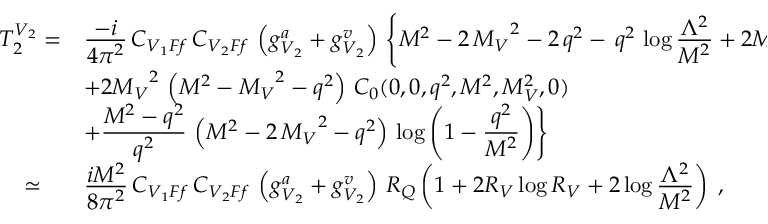
\begin{array} { l l } { { T _ { 2 } ^ { V _ { 2 } } = } } & { { \frac { \displaystyle - i } { \displaystyle 4 \pi ^ { 2 } } \, C _ { V _ { 1 } F f } \, C _ { V _ { 2 } F f } \, \left( g _ { V _ { 2 } } ^ { a } + g _ { V _ { 2 } } ^ { v } \right) \, \Biggl \{ { M ^ { 2 } } - 2 \, { { M _ { V } } ^ { 2 } } - 2 \, { q ^ { 2 } } - \, { q ^ { 2 } } \, \log \frac { \displaystyle \Lambda ^ { 2 } } { \displaystyle M ^ { 2 } } + 2 { { M _ { V } } ^ { 2 } } \, \log \frac { \displaystyle M ^ { 2 } } { \displaystyle M _ { V } ^ { 2 } } } } \\ { { } } & { { + 2 { { M _ { V } } ^ { 2 } } \, \left( { M ^ { 2 } } - { { M _ { V } } ^ { 2 } } - { q ^ { 2 } } \right) \, C _ { 0 } ( 0 , 0 , q ^ { 2 } , M ^ { 2 } , M _ { V } ^ { 2 } , 0 ) } } \\ { { } } & { { + \frac { \displaystyle M ^ { 2 } - q ^ { 2 } } { \displaystyle q ^ { 2 } } \, \left( { M ^ { 2 } } - 2 \, { { M _ { V } } ^ { 2 } } - { q ^ { 2 } } \right) \, \log \left( 1 - \frac { \displaystyle q ^ { 2 } } { \displaystyle M ^ { 2 } } \right) \Biggr \} } } \\ { { \; \; \; \; \simeq } } & { { \frac { \displaystyle i M ^ { 2 } } { \displaystyle 8 \pi ^ { 2 } } \, C _ { V _ { 1 } F f } \, C _ { V _ { 2 } F f } \, \left( g _ { V _ { 2 } } ^ { a } + g _ { V _ { 2 } } ^ { v } \right) \, R _ { Q } \left( 1 + 2 R _ { V } \log R _ { V } + 2 \log \frac { \displaystyle \Lambda ^ { 2 } } { \displaystyle M ^ { 2 } } \right) \; , } } \end{array}